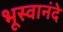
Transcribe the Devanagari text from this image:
भूस्वानंदे